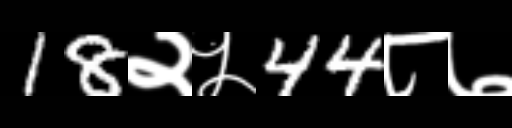
Text: 18२५44८७